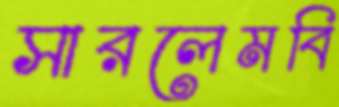
সারলেমবি